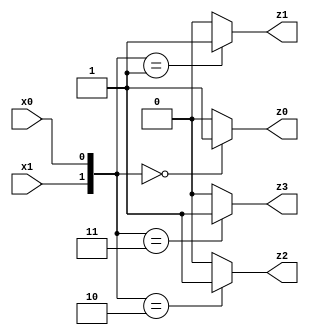
/**
 *          Il decoder N_to_2^N e' una rete combinatoria dotata di N variabili
 *          di ingresso e di P = 2^N variabili di uscita, ed in cui ogni
 *          variabile di uscita riconosce uno ed uno solo degli stati di
 *          ingresso: in particolare la p-esima variabile di uscita (z)
 *          riconosce lo stato di ingresso che, interpretato come
 *          rappresentazione in base due di un numero naturale, rappresenta
 *          porprio il numero p.
 *          
 *          Puo' anche essere pensato come un convertitore da binario
 *          a decimale.
 *          
 *          Di seguito l'implementazione di un Decoder 2 to 4.
 *
 *          Created on 22/04/2019.
 */

/**
 * Decoder 2 to 4.
 */
module Decoder_2_to_4(x1, x0, z3, z2, z1, z0);
    input x1, x0;
    output z3, z2, z1, z0;

    assign z3 = ({x1, x0}=='B11)?1:0;   // 'B11 = 3
    assign z2 = ({x1, x0}=='B10)?1:0;   // 'B10 = 2
    assign z1 = ({x1, x0}=='B01)?1:0;   // 'B01 = 1
    assign z0 = ({x1, x0}=='B00)?1:0;   // 'B00 = 0
endmodule